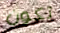
تكون